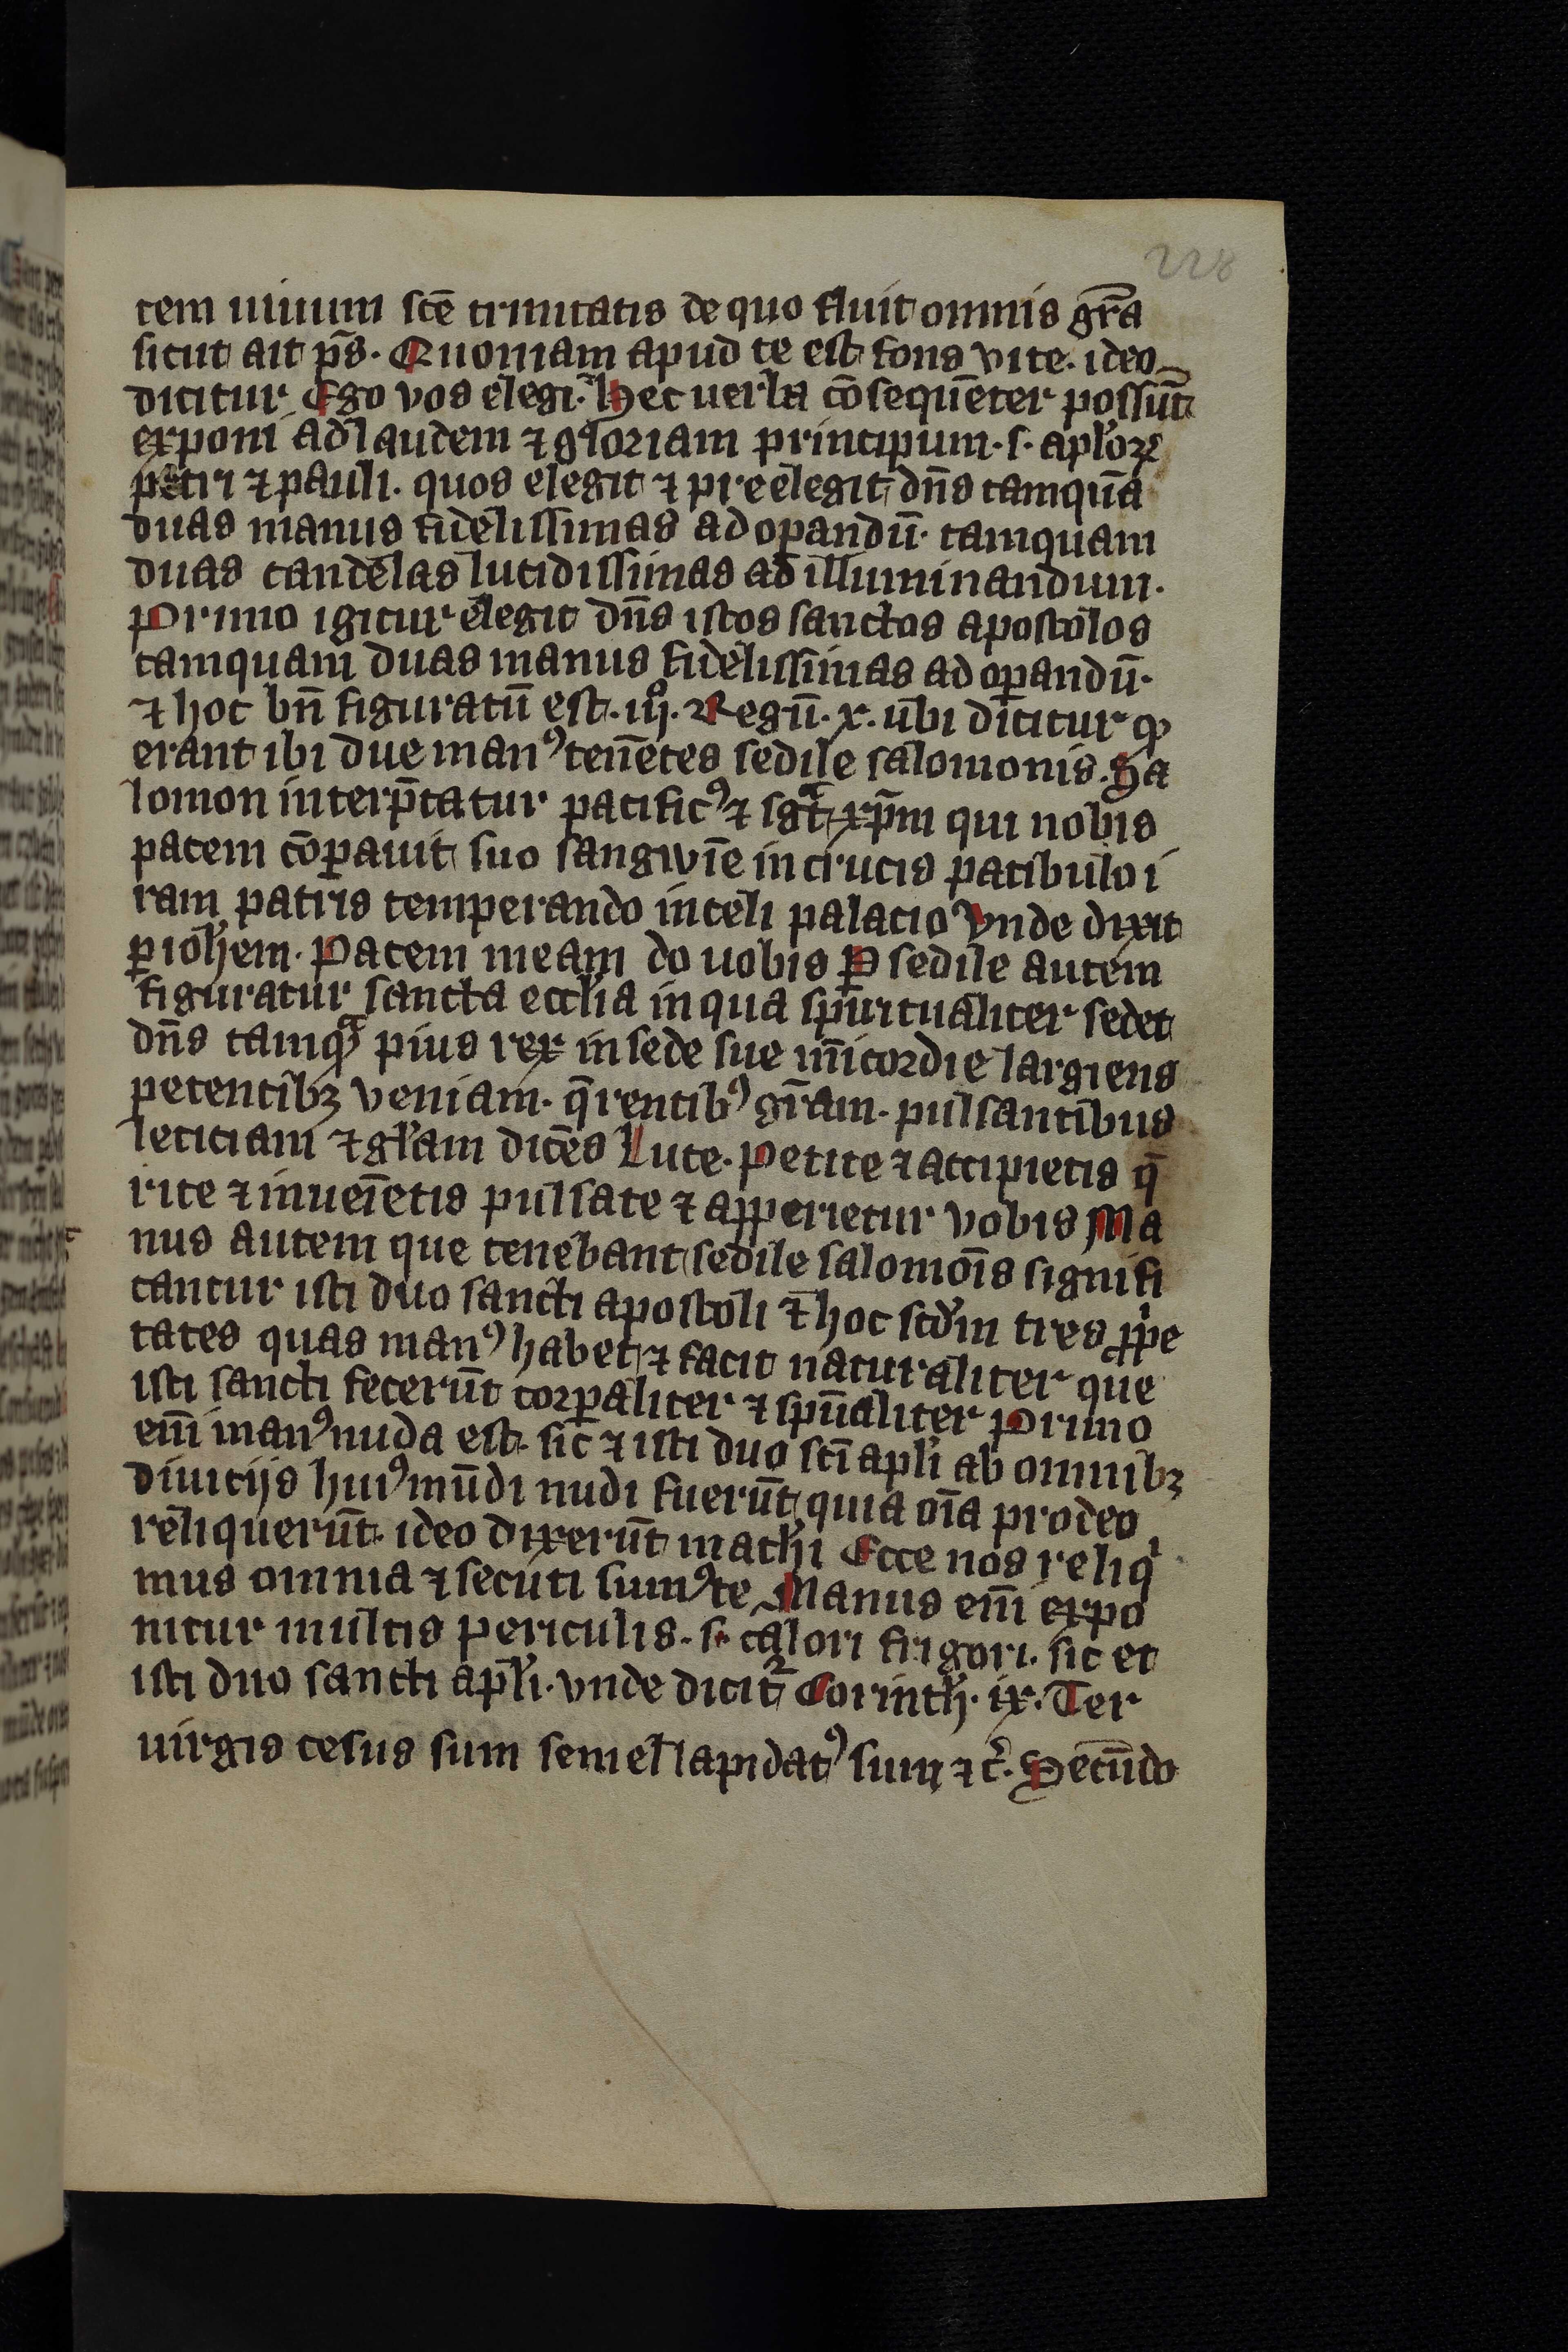
Shelfmark: Leipzig, Universitäts Bibliothek Leipzig, Ms 758
Century: 14